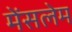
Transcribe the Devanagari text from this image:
मेंसलेम